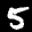
Label: 5